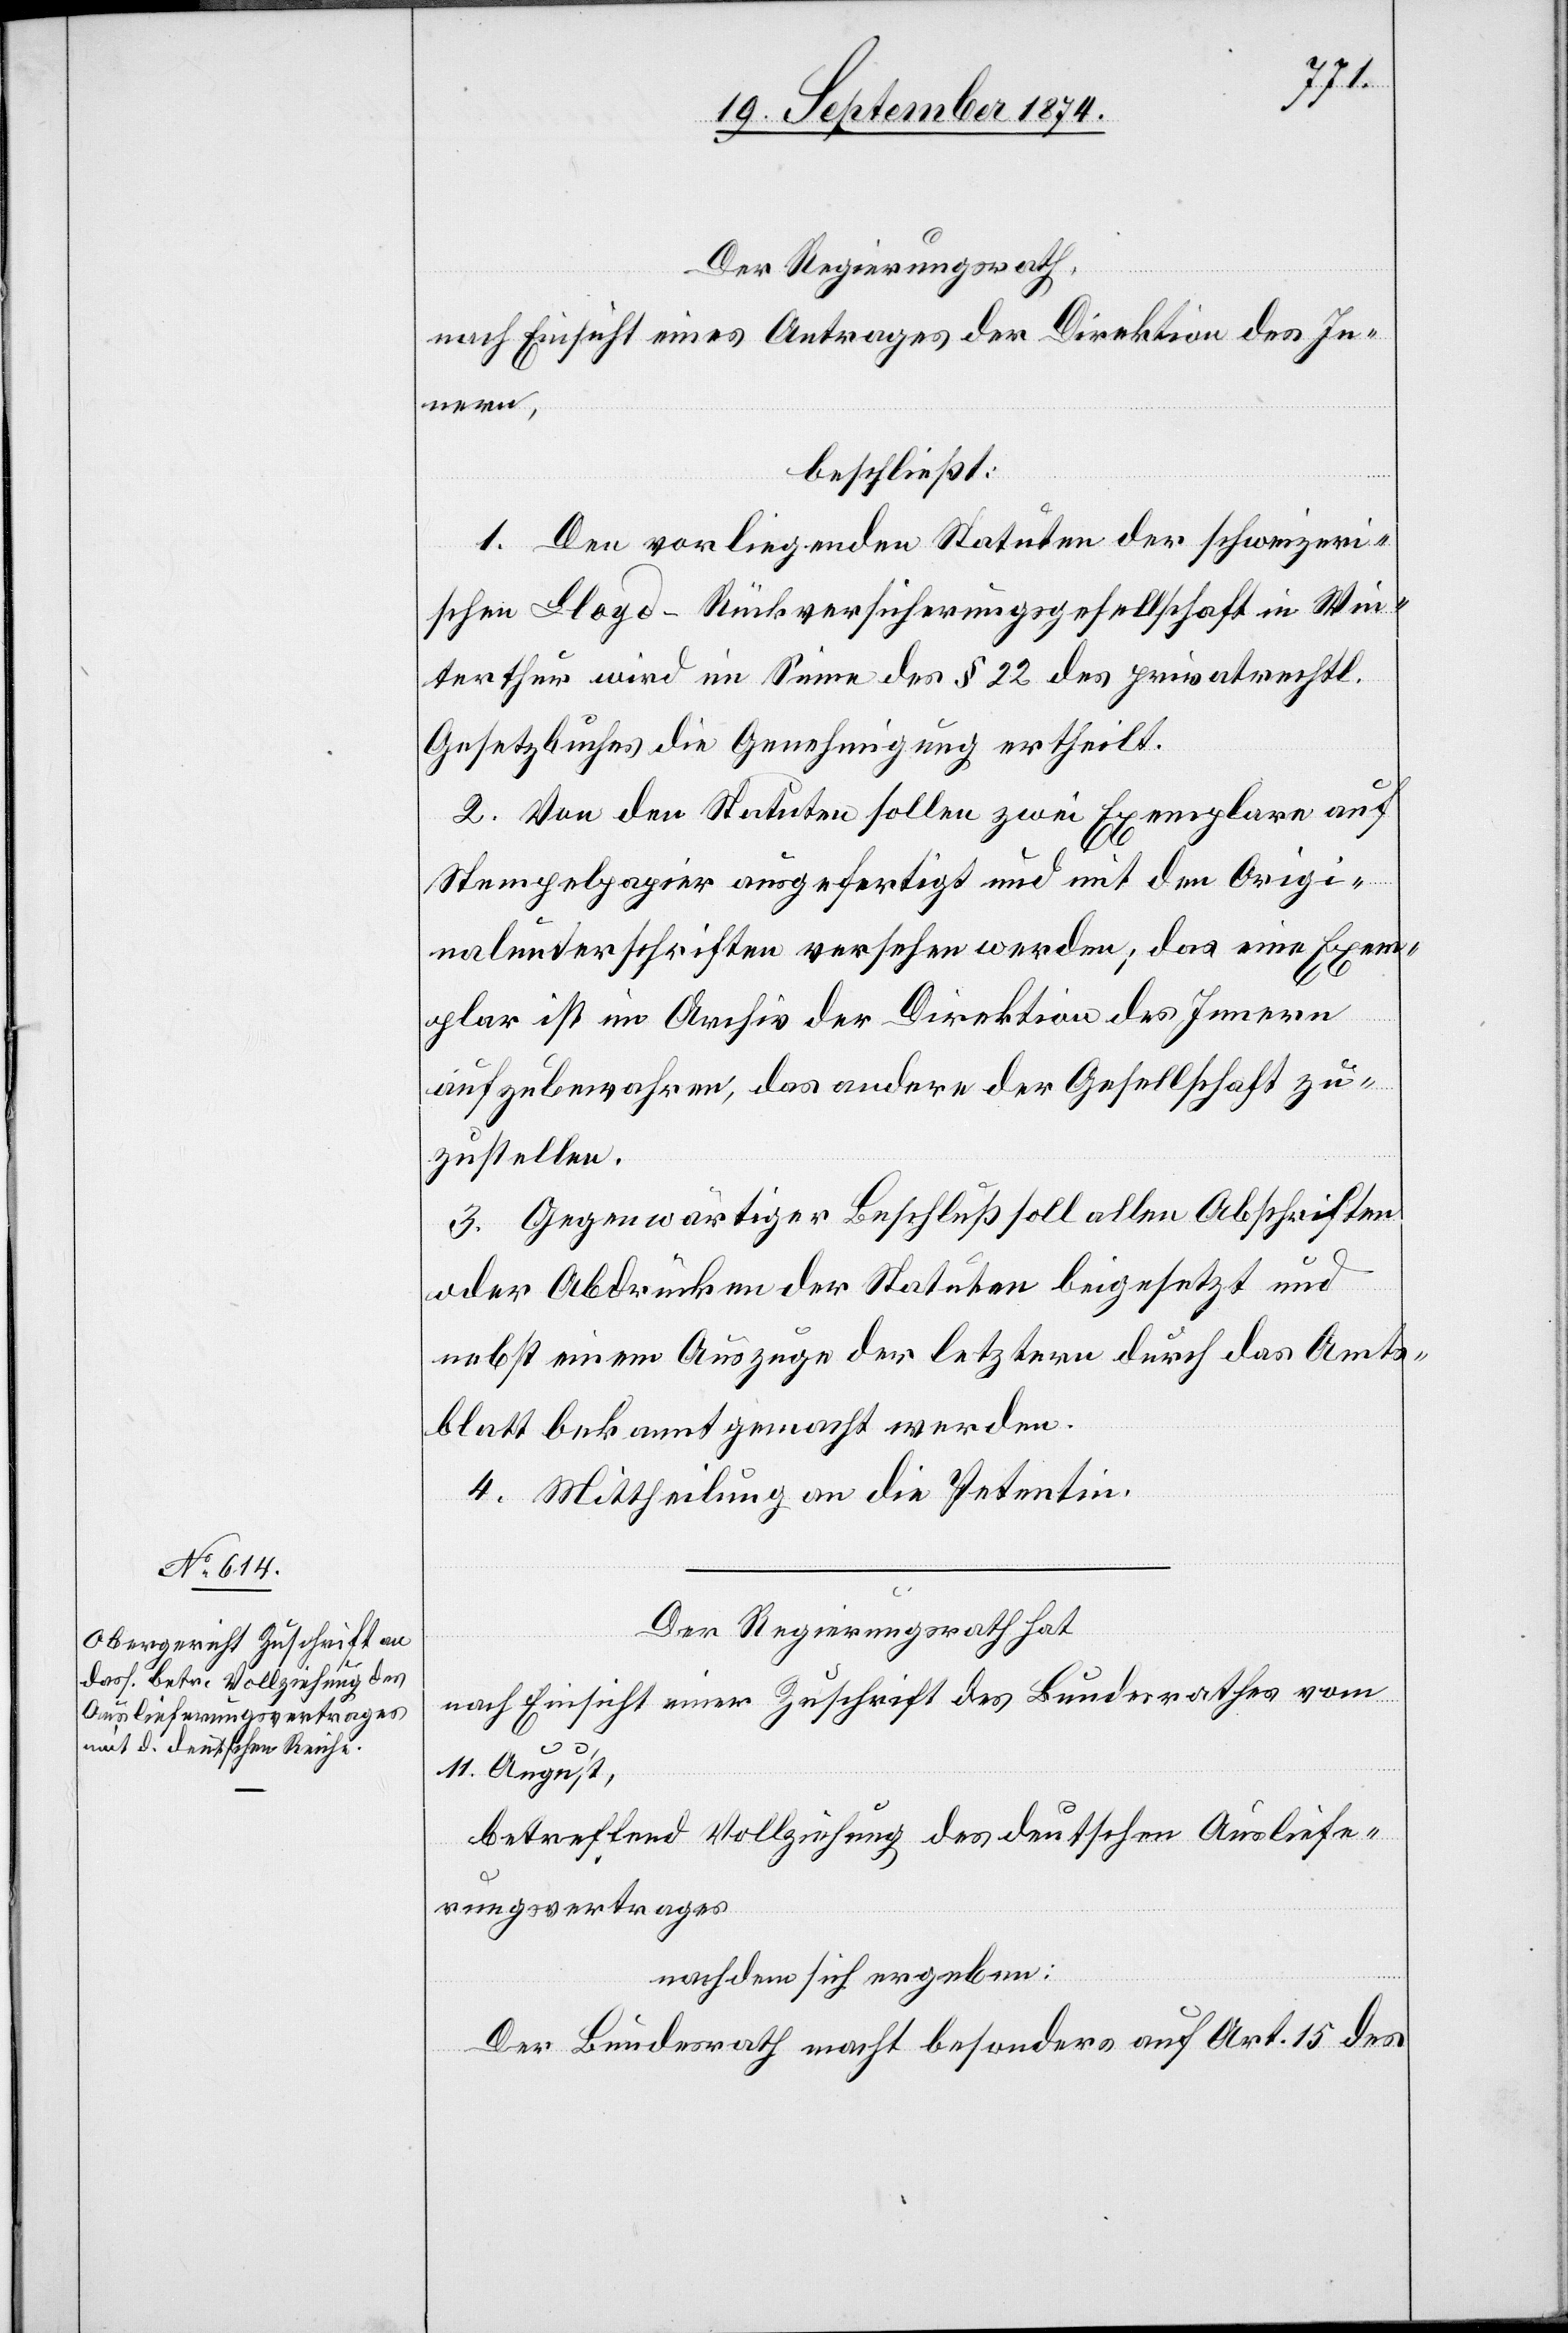
Der Regierungsrath,
nach Einsicht eines Antrages der Direktion des In¬
nern,
beschließt:
1. Den vorliegenden Statuten der schweizeri¬
schen Lloyd-Rückversicherungsgesellschaft in Win¬
terthur wird im Sinne des § 22 des privatrechtl.
Gesetzbuches die Genehmigung ertheilt.
2. Von den Statuten sollen zwei Exemplare auf
Stempelpapier ausgefertigt und mit den Origi¬
nalunterschriften versehen werden; das eine Exem¬
plar ist im Archiv der Direktion des Innern
aufzubewahren, das andere der Gesellschaft zu¬
zustellen.
3. Gegenwärtiger Beschluß soll allen Abschriften
oder Abdrücken der Statuten beigesetzt und
nebst einem Auszuge der letztern durch das Amts¬
blatt bekannt gemacht werden.
4. Mittheilung an die Petentin.
Der Regierungsrath hat
nach Einsicht einer Zuschrift des Bundesrathes vom
11. August,
betreffend Vollziehung des deutschen Ausliefe¬
rungsvertrages
nachdem sich ergeben:
Der Bundesrath macht besonders auf Art. 15 des